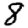
Digit: 8